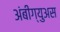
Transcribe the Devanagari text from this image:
अंबीग्युअस